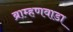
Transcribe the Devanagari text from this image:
ब्राम्हणवाडा